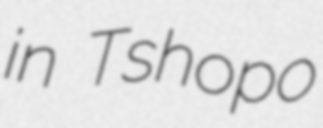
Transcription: in Tshopo